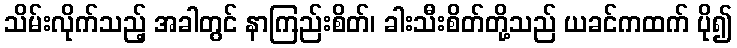
သိမ်းလိုက်သည့် အခါတွင် နာကြည်းစိတ်၊ ခါးသီးစိတ်တို့သည် ယခင်ကထက် ပို၍